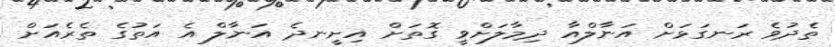
ތެދުވެ ރަނގަޅަށް އަނާލްއާ ދިމާލަށްވީ ގޮތަށް އިށީނދެ އަނާލް އެ އަތުގެ ތެރެއަށް